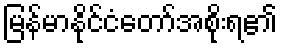
မြန်မာနိုင်ငံတော်အစိုးရ၏